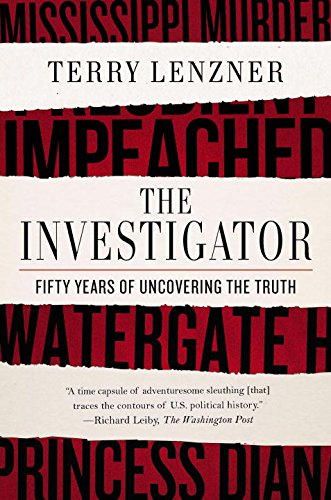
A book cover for The Investigator; Terry Lenzner; Biographies & Memoirs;